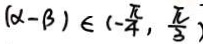
( \alpha - \beta ) \in ( - \frac { \pi } { 4 } , \frac { \pi } { 3 } )